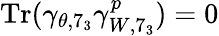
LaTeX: \mathrm{Tr}(\gamma_{\theta,7_{3}}\gamma_{W,7_{3}}^{p})=0